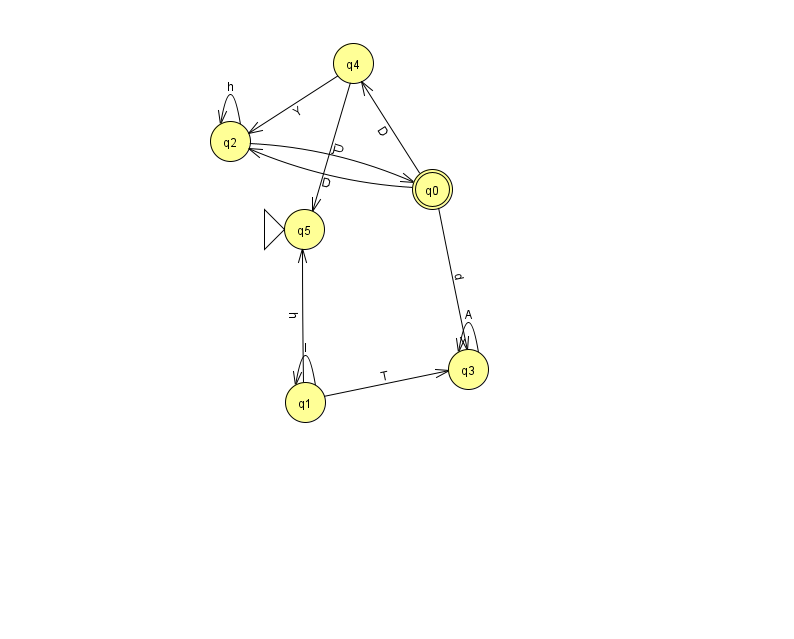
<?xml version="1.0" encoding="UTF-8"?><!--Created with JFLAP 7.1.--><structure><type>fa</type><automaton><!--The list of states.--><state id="0" name="q0"><x>432.0</x><y>176.0</y><final/></state><state id="1" name="q1"><x>305.0</x><y>389.0</y></state><state id="2" name="q2"><x>230.0</x><y>128.0</y></state><state id="3" name="q3"><x>468.0</x><y>356.0</y></state><state id="4" name="q4"><x>353.0</x><y>50.0</y></state><state id="5" name="q5"><x>304.0</x><y>216.0</y><initial/></state><!--The list of transitions.--><transition><from>1</from><to>3</to><read>T</read></transition><transition><from>3</from><to>3</to><read>A</read></transition><transition><from>0</from><to>2</to><read>D</read></transition><transition><from>0</from><to>3</to><read>d</read></transition><transition><from>4</from><to>2</to><read>Y</read></transition><transition><from>2</from><to>2</to><read>h</read></transition><transition><from>4</from><to>5</to><read>U</read></transition><transition><from>0</from><to>4</to><read>D</read></transition><transition><from>1</from><to>1</to><read>I</read></transition><transition><from>2</from><to>0</to><read>j</read></transition><transition><from>1</from><to>5</to><read>h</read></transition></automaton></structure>